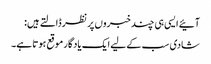
آئیے ایسی ہی چند خبروں پر نظر ڈالتے ہیں:
شادی سب کے لیے ایک یادگار موقع ہوتا ہے۔